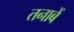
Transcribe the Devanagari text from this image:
तनाबें